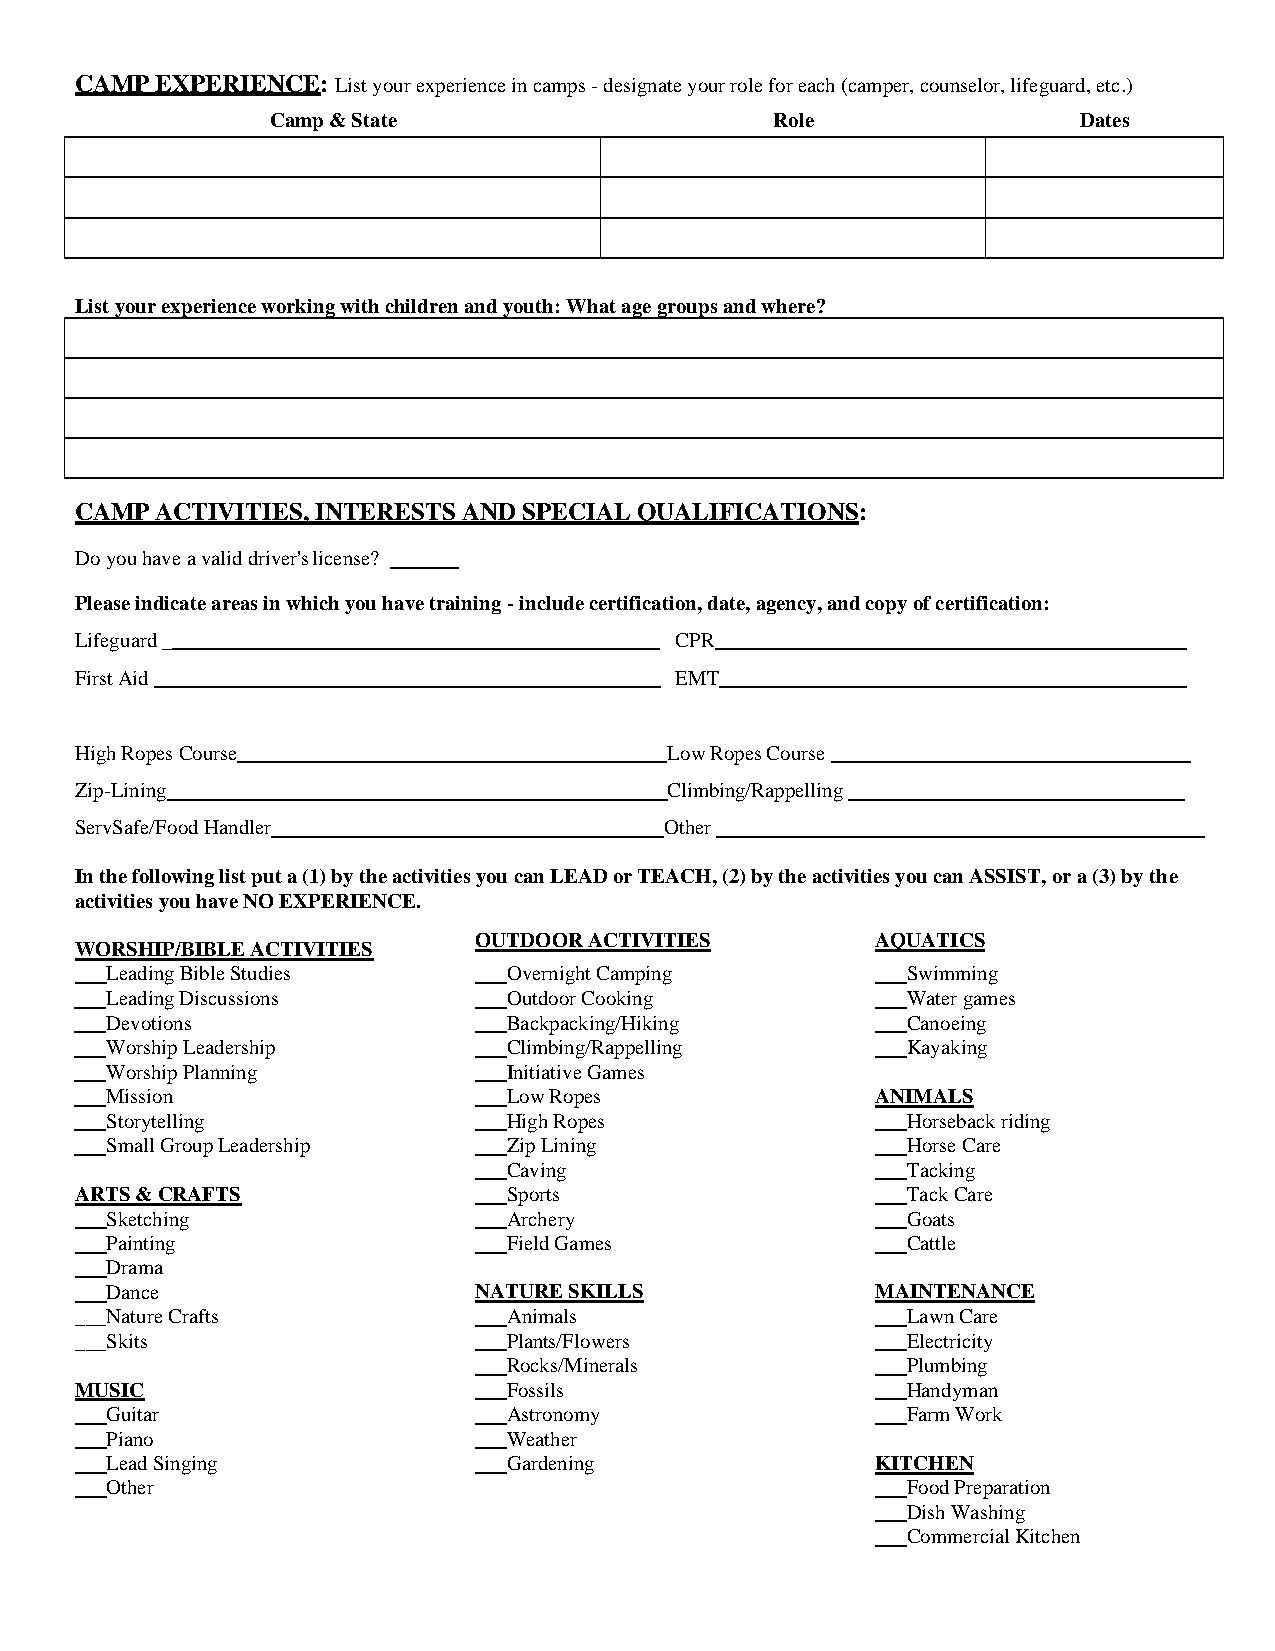
CAMP EXPERIENCE: List your experience in camps - designate your role for each (camper, counselor, lifeguard, etc.)
 Camp & State                     Role                 Dates
 List your experience working with children and youth: What age groups and where?
 CAMP ACTIVITIES, INTERESTS AND SPECIAL QUALIFICATIONS:
 Do you have a valid driver's license?
 Please indicate areas in which you have training - include certification, date, agency, and copy of certification:
 Lifeguard _                             CPR
 First Aid                               EMT
 High Ropes Course                      Low Ropes Course
 Zip-Lining                             Climbing/Rappelling
 ServSafe/Food Handler                  Other
 In the following list put a (1) by the activities you can LEAD or TEACH, (2) by the activities you can ASSIST, or a (3) by the
 activities you have NO EXPERIENCE.
 OUTDOOR ACTIVITIES         AQUATICS
 WORSHIP/BIBLE ACTIVITIES
 Leading Bible Studies      Overnight Camping         Swimming
 Leading Discussions        Outdoor Cooking           Water games
 Devotions                  Backpacking/Hiking        Canoeing
 Worship Leadership         Climbing/Rappelling       Kayaking
 Worship Planning           Initiative Games
 Mission                    Low Ropes               ANIMALS
 Storytelling               High Ropes                Horseback riding
 Small Group Leadership     Zip Lining                Horse Care
 Caving                    Tacking
 ARTS & CRAFTS                Sports                    Tack Care
 Sketching                  Archery                   Goats
 Painting                   Field Games               Cattle
 Drama
 Dance                   NATURE SKILLS              MAINTENANCE
 ___Nature Crafts             Animals                   Lawn Care
 ___Skits                     Plants/Flowers            Electricity
 Rocks/Minerals            Plumbing
 MUSIC                        Fossils                   Handyman
 Guitar                     Astronomy                 Farm Work
 Piano                      Weather
 Lead Singing               Gardening               KITCHEN
 Other                                                Food Preparation
 Dish Washing
 Commercial Kitchen